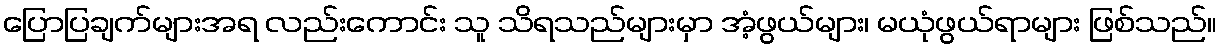
ပြောပြချက်များအရ လည်းကောင်း သူ သိရသည်များမှာ အံ့ဖွယ်များ၊ မယုံဖွယ်ရာများ ဖြစ်သည်။